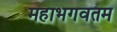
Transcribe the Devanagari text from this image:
महाभगवतम